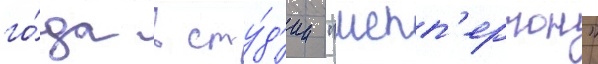
го́да в сту́д'ии "шепп'ертон"